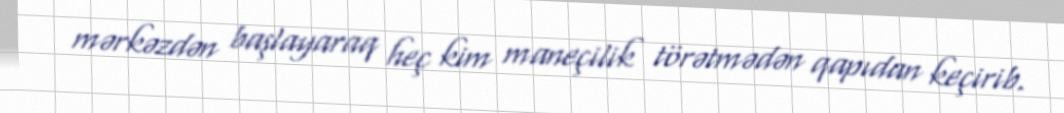
mərkəzdən başlayaraq heç kim maneçilik törətmədən qapıdan keçirib.